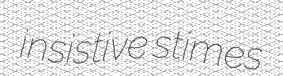
insistive stimes